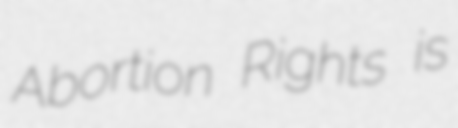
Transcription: Abortion Rights is